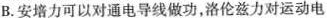
B.安培力可以对通电导线做功，洛伦兹力对运动电